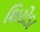
શિરોડા